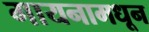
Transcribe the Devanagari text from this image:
गायनामधून